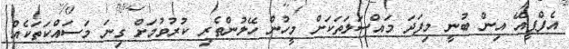
އެފްޕީއޭ އިން ބުނީ މިފަދަ މައްސަލަތަކަށް މީހުން ހޭލުންތެރި ކުރުވުމަށް ގިނަ މަސައްކަތަކެއް